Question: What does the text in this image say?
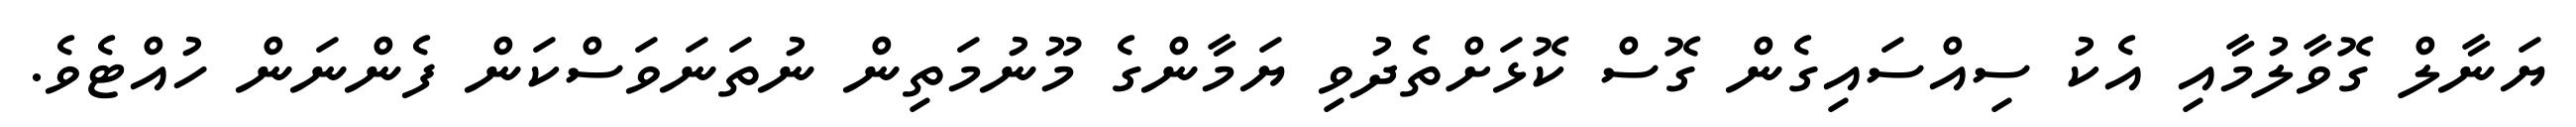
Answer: ޔަނާލް ގޮވާލުމާއި އެކު ސިއްސައިގެން ގޮސް ކޮޅަށްތެދުވި ޔަމާންގެ މޫނުމަތިން ނުތަނަވަސްކަން ފެންނަން ހުއްޓެވެ.